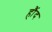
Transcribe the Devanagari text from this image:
हौंद